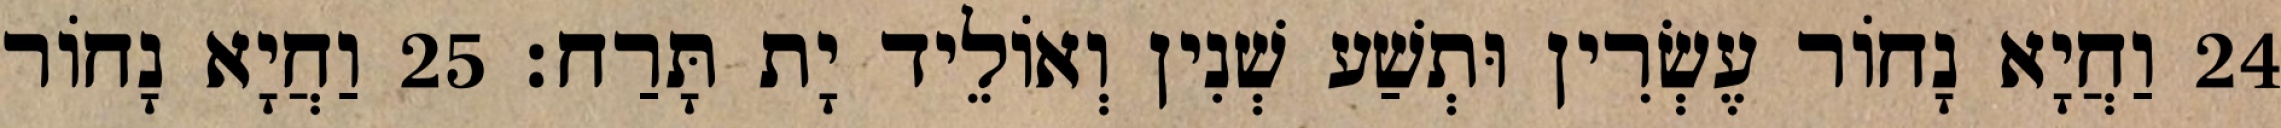
24 וַחֲיָא נָחוֹר עֶשְׂרִין וּתְשַׁע שְׁנִין וְאוֹלֵיד יָת תָּרַח׃ 25 וַחֲיָא נָחוֹר